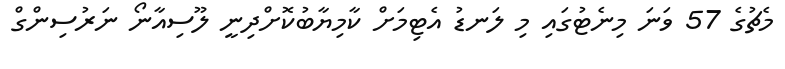
މެޗުގެ 57 ވަނަ މިނެޓުގައި މި ލަނޑު އެޓިމަށް ކާމިޔާބުކޮށްދިނީ ލޫސިއާނޯ ނަަރުސިންގް